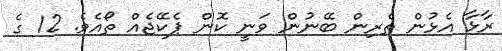
ރާޅާ އެޅުން ތެރިން ބޭނުން ވަނީ ކޮން ޕެކޭޖެއް ތޯއެވެ. 12 ގެ